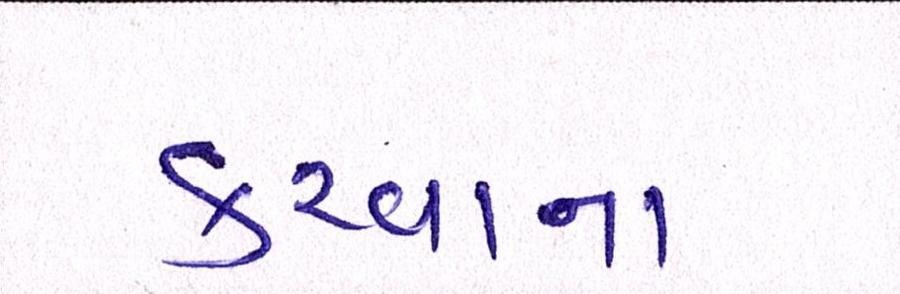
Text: કરવાના